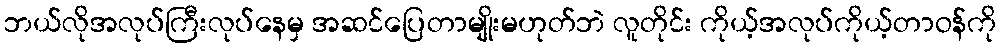
ဘယ်လိုအလုပ်ကြီးလုပ်နေမှ အဆင်ပြေတာမျိုးမဟုတ်ဘဲ လူတိုင်း ကိုယ့်အလုပ်ကိုယ့်တာဝန်ကို